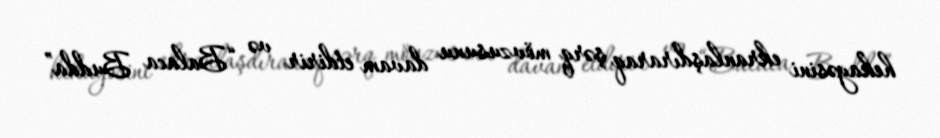
hekayəsini ekranlaşdıraraq şərq mövzusunu davam etdirir və “Balaca Budda”